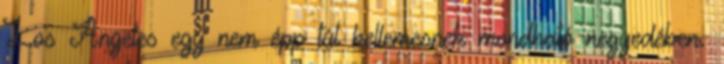
Los Angeles egy nem épp túl kellemesnek mondható negyedében.